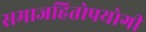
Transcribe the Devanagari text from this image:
समाजहितोपयोगी